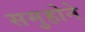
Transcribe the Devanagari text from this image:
समुहोने